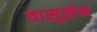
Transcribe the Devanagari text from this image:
वासूसेन